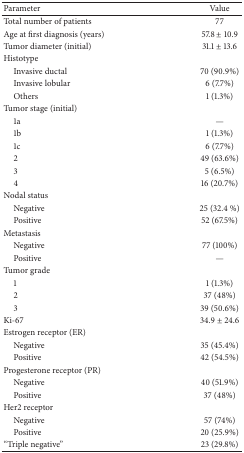
<table><thead><tr><td><b>Parameter</b></td><td><b>Value</b></td></tr></thead><tbody><tr><td>Total number of patients </td><td>77</td></tr><tr><td>Age at first diagnosis (years)</td><td>57.8 ± 10.9</td></tr><tr><td>Tumor diameter (initial)</td><td>31.1 ± 13.6</td></tr><tr><td>Histotype</td><td> </td></tr><tr><td> Invasive ductal</td><td>70 (90.9%)</td></tr><tr><td> Invasive lobular</td><td>6 (7.7%)</td></tr><tr><td> Others</td><td>1 (1.3%)</td></tr><tr><td>Tumor stage (initial)</td><td> </td></tr><tr><td> 1a</td><td>—</td></tr><tr><td> 1b</td><td>1 (1.3%)</td></tr><tr><td> 1c</td><td>6 (7.7%)</td></tr><tr><td> 2</td><td>49 (63.6%)</td></tr><tr><td> 3</td><td>5 (6.5%)</td></tr><tr><td> 4</td><td>16 (20.7%)</td></tr><tr><td>Nodal status</td><td> </td></tr><tr><td> Negative</td><td>25 (32.4 %)</td></tr><tr><td> Positive</td><td>52 (67.5%)</td></tr><tr><td>Metastasis</td><td> </td></tr><tr><td> Negative</td><td>77 (100%)</td></tr><tr><td> Positive</td><td>—</td></tr><tr><td>Tumor grade</td><td> </td></tr><tr><td> 1</td><td>1 (1.3%)</td></tr><tr><td> 2</td><td>37 (48%)</td></tr><tr><td> 3</td><td>39 (50.6%)</td></tr><tr><td>Ki-67</td><td>34.9 ± 24.6</td></tr><tr><td>Estrogen receptor (ER)</td><td> </td></tr><tr><td> Negative</td><td>35 (45.4%)</td></tr><tr><td> Positive</td><td>42 (54.5%)</td></tr><tr><td>Progesterone receptor (PR)</td><td> </td></tr><tr><td> Negative</td><td>40 (51.9%)</td></tr><tr><td> Positive</td><td>37 (48%)</td></tr><tr><td>Her2 receptor</td><td> </td></tr><tr><td> Negative</td><td>57 (74%)</td></tr><tr><td> Positive</td><td>20 (25.9%)</td></tr><tr><td>“Triple negative”</td><td>23 (29.8%)</td></tr></tbody></table>